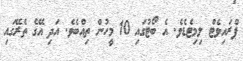
ޕްރައިވެޓް ލިމިޓެޑެވެ. އެ ބޯޓުގައި 10 މީހުން ތިއްބެވެ. އަދި އޭގެ ތެރޭގައި